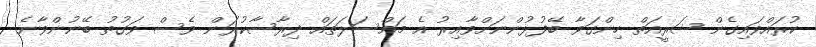
ކުރައްވައިގެން ޝަރީއަތް ހިންގަވާ ބޭފުޅުންނަށްވާއިރު އެ މައްސަލަތައް ދިރާސާކުރަން ވެސް ވަގުތު ބޭނުންވާނެ